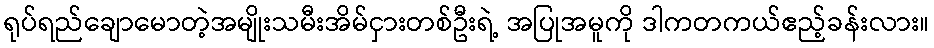
ရုပ်ရည်ချောမောတဲ့အမျိုးသမီးအိမ်ငှားတစ်ဦးရဲ့ အပြုအမူကို ဒါကတကယ်ဧည့်ခန်းလား။